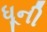
ધૂની